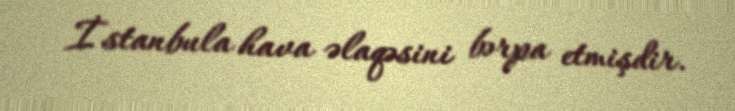
İstanbula hava əlaqəsini bərpa etmişdir.